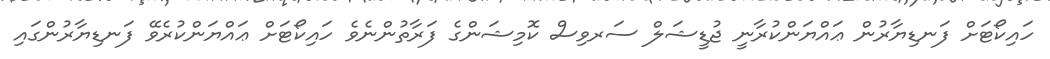
ހައިކޯޓަށް ފަނޑިޔާރުން ޢައްޔަންކުރާނީ ޖުޑީޝަލް ސަރވިސް ކޮމިޝަންގެ ފަރާތުންނެވެ ހައިކޯޓަށް ޢައްޔަންކުރެވޭ ފަނޑިޔާރުންގައި